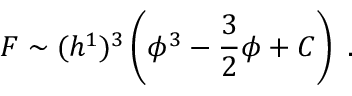
F \sim ( h ^ { 1 } ) ^ { 3 } \left( \phi ^ { 3 } - { \frac { 3 } { 2 } } \phi + C \right) \ .